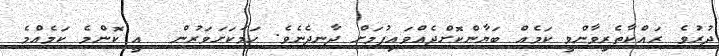
ދުރުވެ ރައްކާތެރިވާންވީ ކަމެއް ބަޔާންކޮށްދެއްވައިފުމަށް ދާނދެނެވެ. ހަމަކަށަވަރުން  އީ ކޮންމެ ކަމެއްމެ